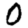
Digit: 0